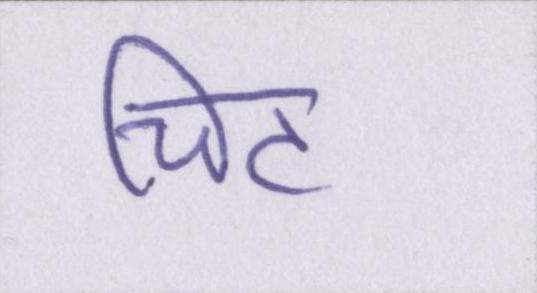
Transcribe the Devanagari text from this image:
चिट